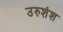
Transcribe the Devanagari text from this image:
उरुशंश